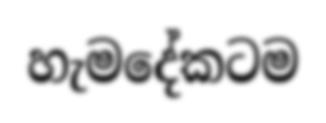
හැමදේකටම